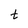
Character: t